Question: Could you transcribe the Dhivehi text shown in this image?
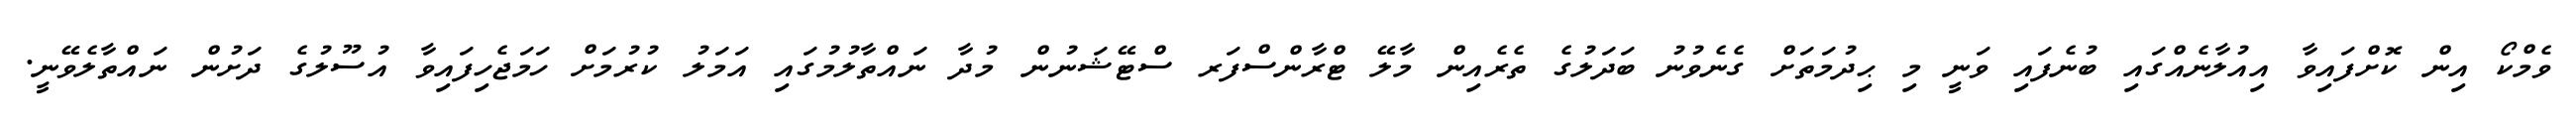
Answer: ވެމްކޯ އިން ކޮށްފައިވާ އިއުލާނެއްގައި ބުނެފައި ވަނީ މި ޙިދުމަތަށް ގެނެވުނު ބަދަލުގެ ތެރެއިން މާލޭ ޓްރާންސްފަރ ސްޓޭޝަނުން މުދާ ނައްތާލުމުގައި އަމަލު ކުރުމަށް ހަމަޖެހިފައިވާ އުސޫލުގެ ދަށުން ނައްތާލެވޭނީ.